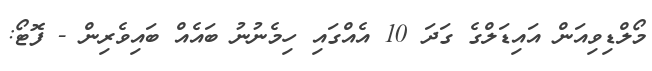
މޯލްޑިވިއަން އައިޑަލްގެ ގަދަ 10 އެއްގައި ހިމެނުނު ބައެއް ބައިވެރިން - ފޮޓޯ: